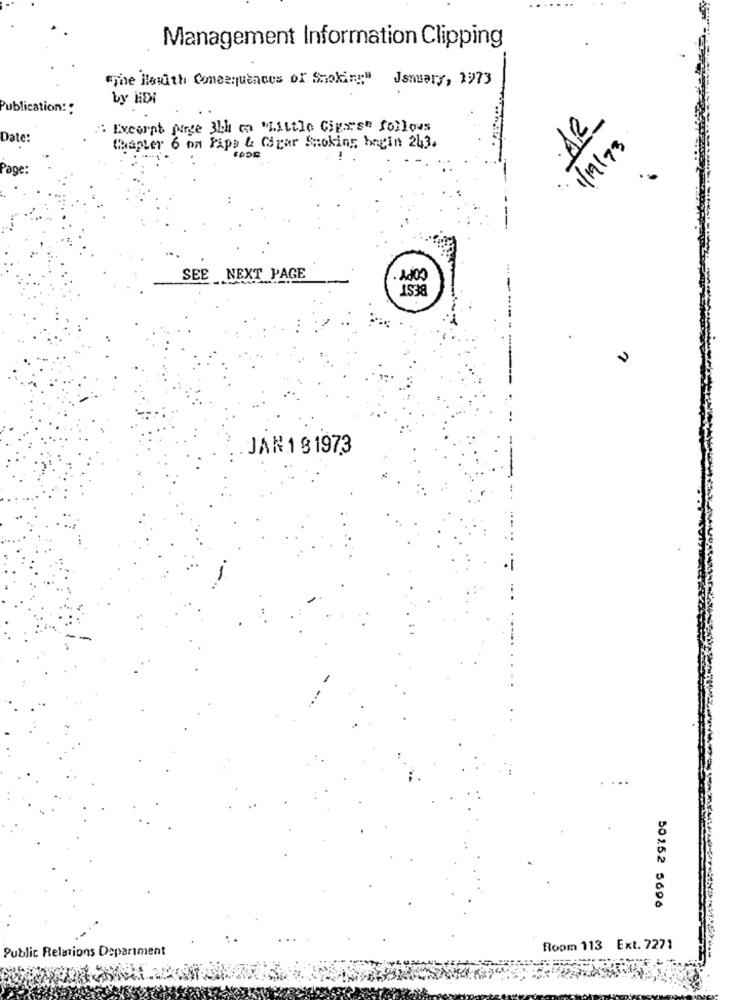
Management Information Clipping
"The ilswith Consequences of Smoking" Jsmery, 1973
by HDi
ublic
AR
" Excerpt purge 3Ll ca "Little Ciges" follows
Date:
1/19/73
Chapter 6 on Taps &e Cigar Smoking begin 243.
..
SEE NEXT PAGE
. 1000
153
JAN 181973
50152 5696
Public Relations Department
Room 113 Ext. 7271